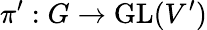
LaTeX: \pi^{\prime}:G\to{\mathrm{GL}}(V^{\prime})